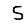
Digit: 5